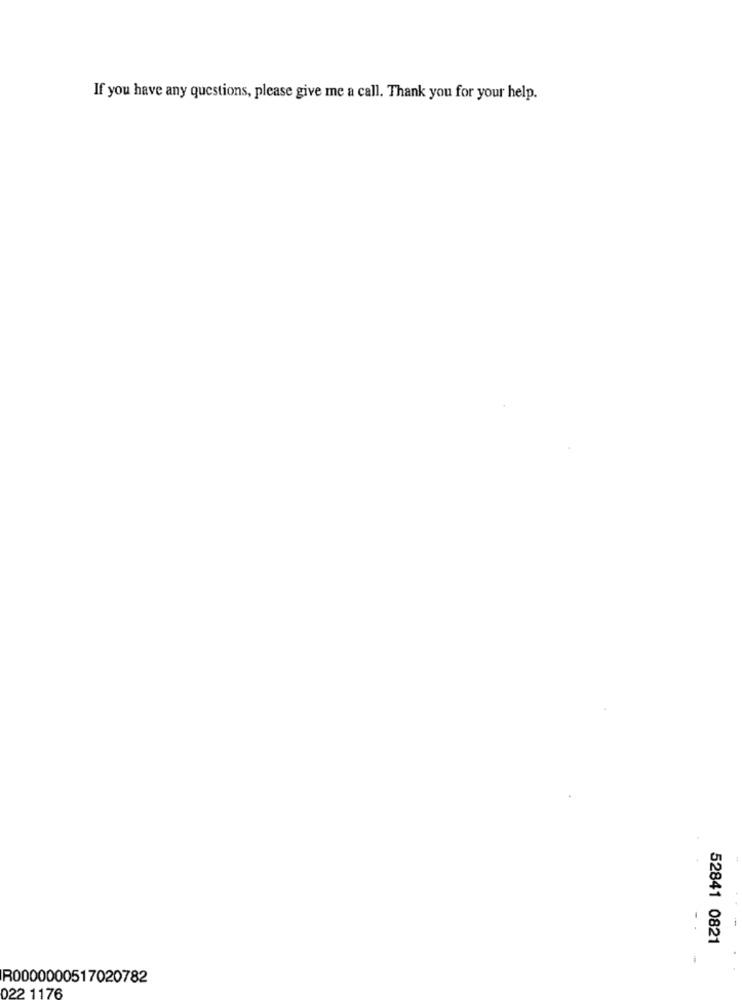
If you have any questions, please give me a call. Thank you for your help.
52841 0821
R0000000517020782
022 1176